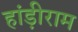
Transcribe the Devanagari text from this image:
हांड़ीराम